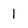
Character: 1